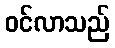
ဝင်လာသည်